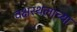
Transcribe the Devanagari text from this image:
वक्षस्थलाच्या